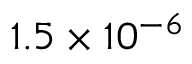
1 . 5 \times 1 0 ^ { - 6 }